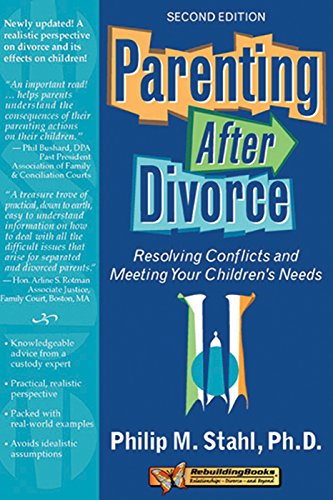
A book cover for Parenting After Divorce: Resolving Conflicts and Meeting Your Children's Needs (Rebuilding Books); Philip Stahl PhD; Parenting & Relationships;